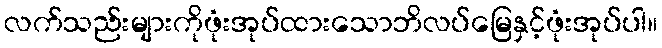
လက်သည်းများကိုဖုံးအုပ်ထားသောဘိလပ်မြေနှင့်ဖုံးအုပ်ပါ။